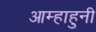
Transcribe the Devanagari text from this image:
आम्हाहुनी